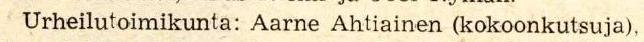
Urheilutoimikunta: Aarne Ahtiainen (kokoonkutsuja),